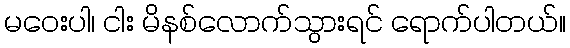
မဝေးပါ၊ ငါး မိနစ်လောက်သွားရင် ရောက်ပါတယ်။